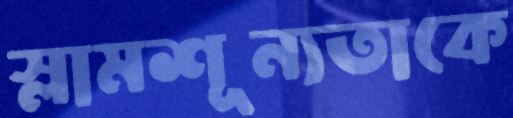
স্লামশূন্যতাকে